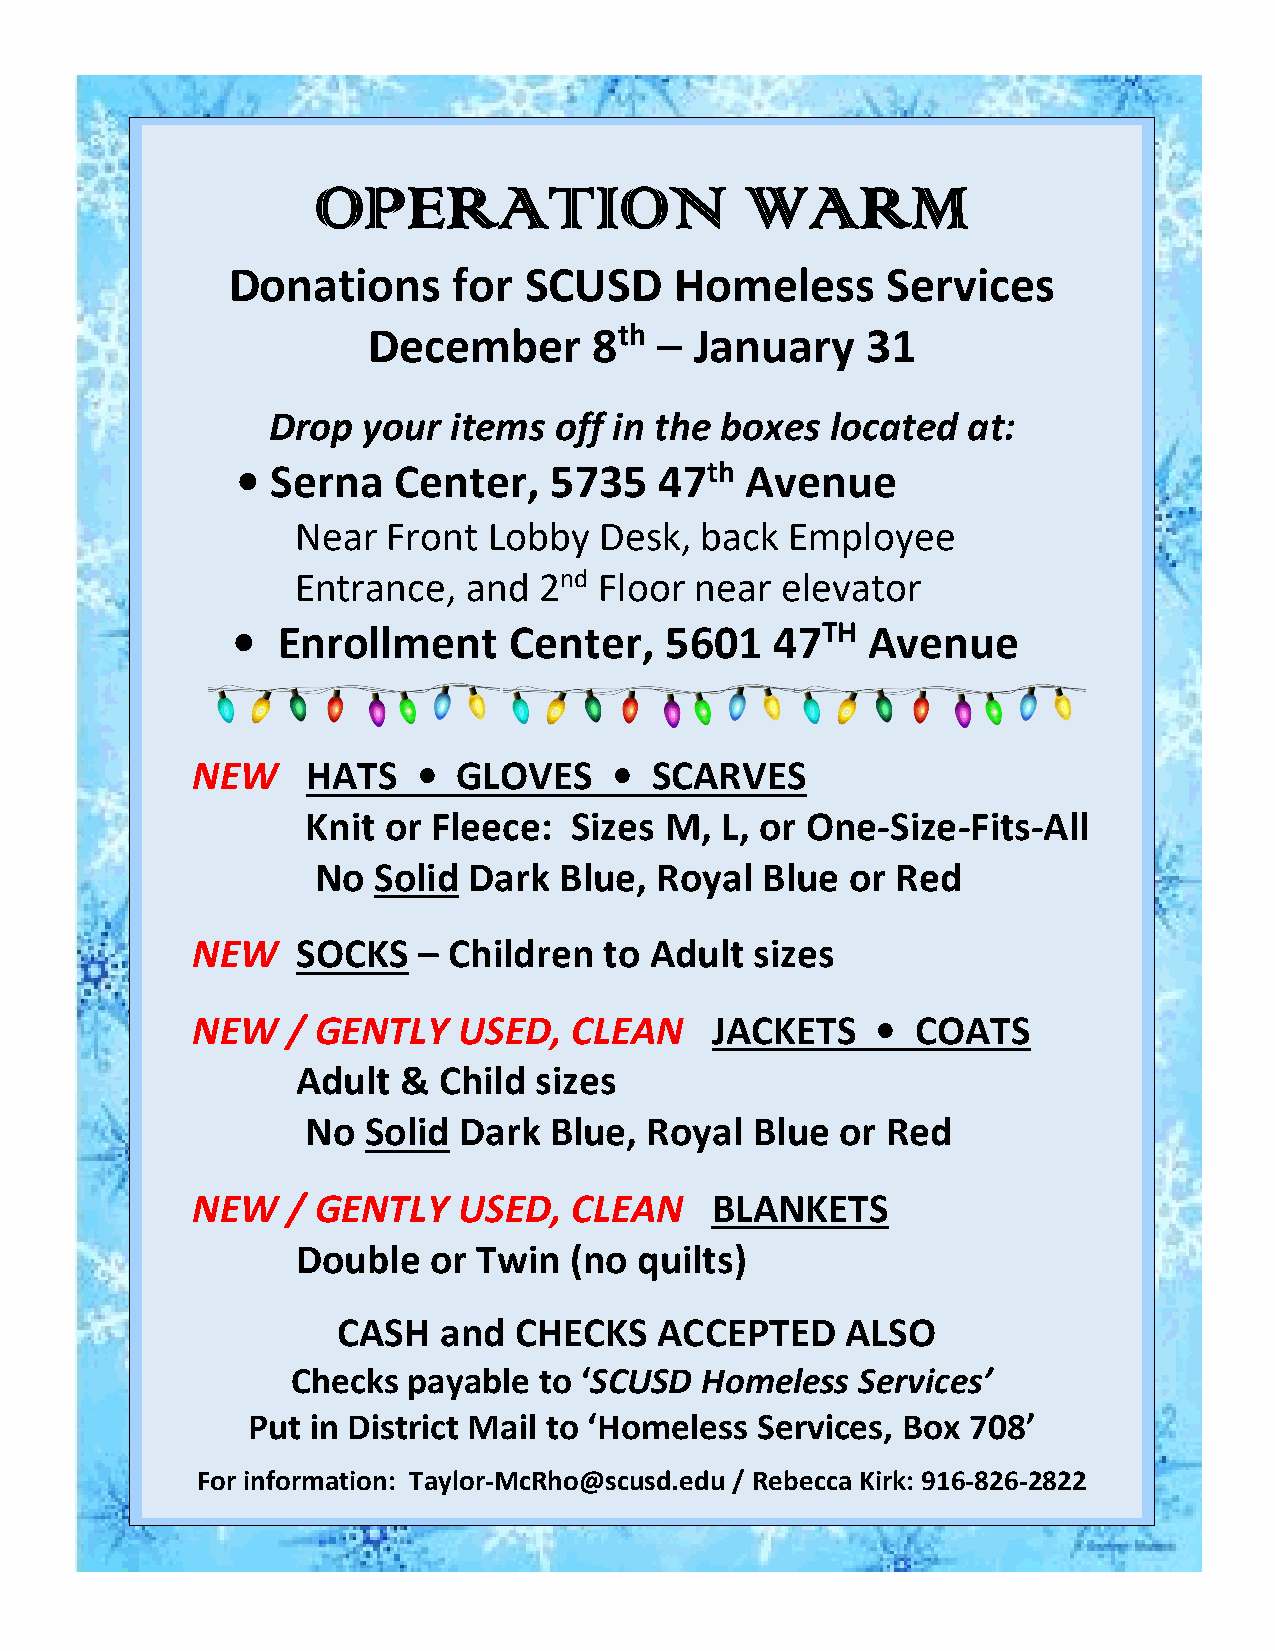
OPERATION                   WARM
 Donations      for  SCUSD     Homeless      Services
 December       8th  – January    31
 Drop  your  items  off in the boxes  located  at:
 • Serna   Center,   5735    47th Avenue
 Near  Front Lobby   Desk, back  Employee
 Entrance,  and  2nd Floor near  elevator
 •  Enrollment      Center,   5601   47TH  Avenue
 NEW    HATS    • GLOVES     • SCARVES
 Knit or  Fleece:  Sizes M,  L, or One-Size-Fits-All
 No  Solid Dark  Blue, Royal  Blue  or Red
 NEW    SOCKS   – Children  to Adult  sizes
 NEW   / GENTLY   USED,   CLEAN    JACKETS    •  COATS
 Adult &  Child sizes
 No  Solid Dark  Blue,  Royal  Blue  or Red
 NEW   / GENTLY   USED,   CLEAN    BLANKETS
 Double  or  Twin  (no quilts)
 CASH   and  CHECKS    ACCEPTED    ALSO
 Checks  payable  to ‘SCUSD Homeless   Services’
 Put  in District Mail to ‘Homeless Services, Box 708’
 For information: Taylor-McRho@scusd.edu / Rebecca Kirk: 916-826-2822